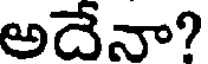
అదేనా?